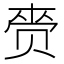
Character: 赍